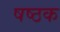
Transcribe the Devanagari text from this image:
षष्ठक